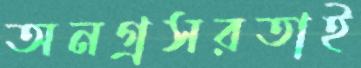
অনগ্রসরতাই